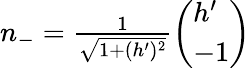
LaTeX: \begin{array}{r}{n_{-}=\frac{1}{\sqrt{1+(h^{\prime})^{2}}}\left(\begin{array}{l}{h^{\prime}}\\ {-1}\end{array}\right)}\end{array}